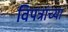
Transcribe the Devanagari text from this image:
विपत्रांच्या